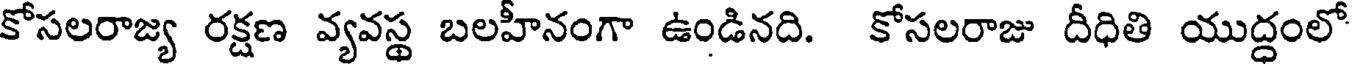
కోసలరాజ్య రక్షణ వ్యవస్థ బలహీనంగా ఉండినది. కోసలరాజు దీధితి యుద్ధంలో